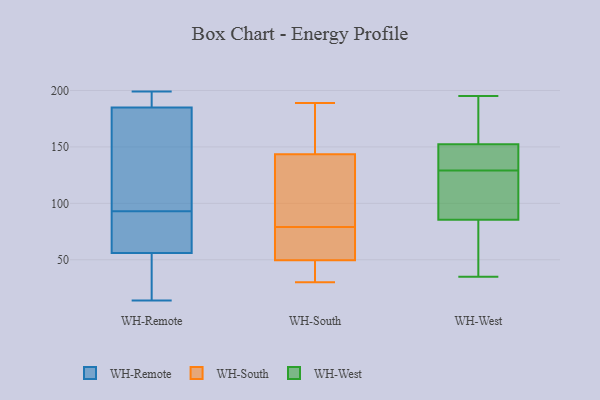
{"axis": {"x": "Operating Costs (USD K)", "y": "Value"}, "legend": ["WH-Remote", "WH-South", "WH-West"], "data": [{"x": "", "y": 187, "type": "WH-Remote"}, {"x": "", "y": 85, "type": "WH-Remote"}, {"x": "", "y": 187, "type": "WH-Remote"}, {"x": "", "y": 125, "type": "WH-Remote"}, {"x": "", "y": 33, "type": "WH-Remote"}, {"x": "", "y": 101, "type": "WH-Remote"}, {"x": "", "y": 58, "type": "WH-Remote"}, {"x": "", "y": 31, "type": "WH-Remote"}, {"x": "", "y": 61, "type": "WH-Remote"}, {"x": "", "y": 54, "type": "WH-Remote"}, {"x": "", "y": 199, "type": "WH-Remote"}, {"x": "", "y": 14, "type": "WH-Remote"}, {"x": "", "y": 183, "type": "WH-Remote"}, {"x": "", "y": 68, "type": "WH-Remote"}, {"x": "", "y": 187, "type": "WH-Remote"}, {"x": "", "y": 106, "type": "WH-Remote"}, {"x": "", "y": 160, "type": "WH-South"}, {"x": "", "y": 189, "type": "WH-South"}, {"x": "", "y": 48, "type": "WH-South"}, {"x": "", "y": 34, "type": "WH-South"}, {"x": "", "y": 186, "type": "WH-South"}, {"x": "", "y": 32, "type": "WH-South"}, {"x": "", "y": 187, "type": "WH-South"}, {"x": "", "y": 51, "type": "WH-South"}, {"x": "", "y": 90, "type": "WH-South"}, {"x": "", "y": 30, "type": "WH-South"}, {"x": "", "y": 81, "type": "WH-South"}, {"x": "", "y": 145, "type": "WH-South"}, {"x": "", "y": 58, "type": "WH-South"}, {"x": "", "y": 87, "type": "WH-South"}, {"x": "", "y": 61, "type": "WH-South"}, {"x": "", "y": 142, "type": "WH-South"}, {"x": "", "y": 30, "type": "WH-South"}, {"x": "", "y": 108, "type": "WH-South"}, {"x": "", "y": 77, "type": "WH-South"}, {"x": "", "y": 67, "type": "WH-South"}, {"x": "", "y": 134, "type": "WH-West"}, {"x": "", "y": 150, "type": "WH-West"}, {"x": "", "y": 83, "type": "WH-West"}, {"x": "", "y": 195, "type": "WH-West"}, {"x": "", "y": 172, "type": "WH-West"}, {"x": "", "y": 35, "type": "WH-West"}, {"x": "", "y": 129, "type": "WH-West"}, {"x": "", "y": 160, "type": "WH-West"}, {"x": "", "y": 93, "type": "WH-West"}, {"x": "", "y": 126, "type": "WH-West"}, {"x": "", "y": 156, "type": "WH-West"}, {"x": "", "y": 108, "type": "WH-West"}, {"x": "", "y": 144, "type": "WH-West"}, {"x": "", "y": 138, "type": "WH-West"}, {"x": "", "y": 105, "type": "WH-West"}, {"x": "", "y": 62, "type": "WH-West"}, {"x": "", "y": 43, "type": "WH-West"}, {"x": "", "y": 81, "type": "WH-West"}, {"x": "", "y": 153, "type": "WH-West"}]}